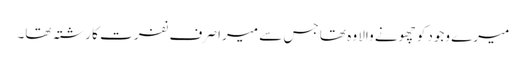
میرے وجود کو چھونے والا وہ تھا جس سے میرا صرف نفرت کا رشتہ تھا۔